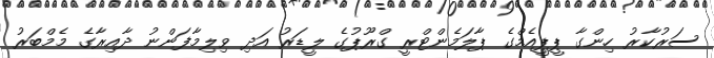
ސަރުކާރު ހިންގާ ޕީޕީއެމްގެ ޕާލަމެންޓްރީ ގްރޫޕުގެ ލީޑަރު އަދި ވިލިމާފަންނު ދާއިރާގެ މެމްބަރު